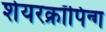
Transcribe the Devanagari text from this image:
शेयरक्रॉपिन्ग